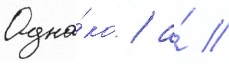
Одна́ко / а́ //